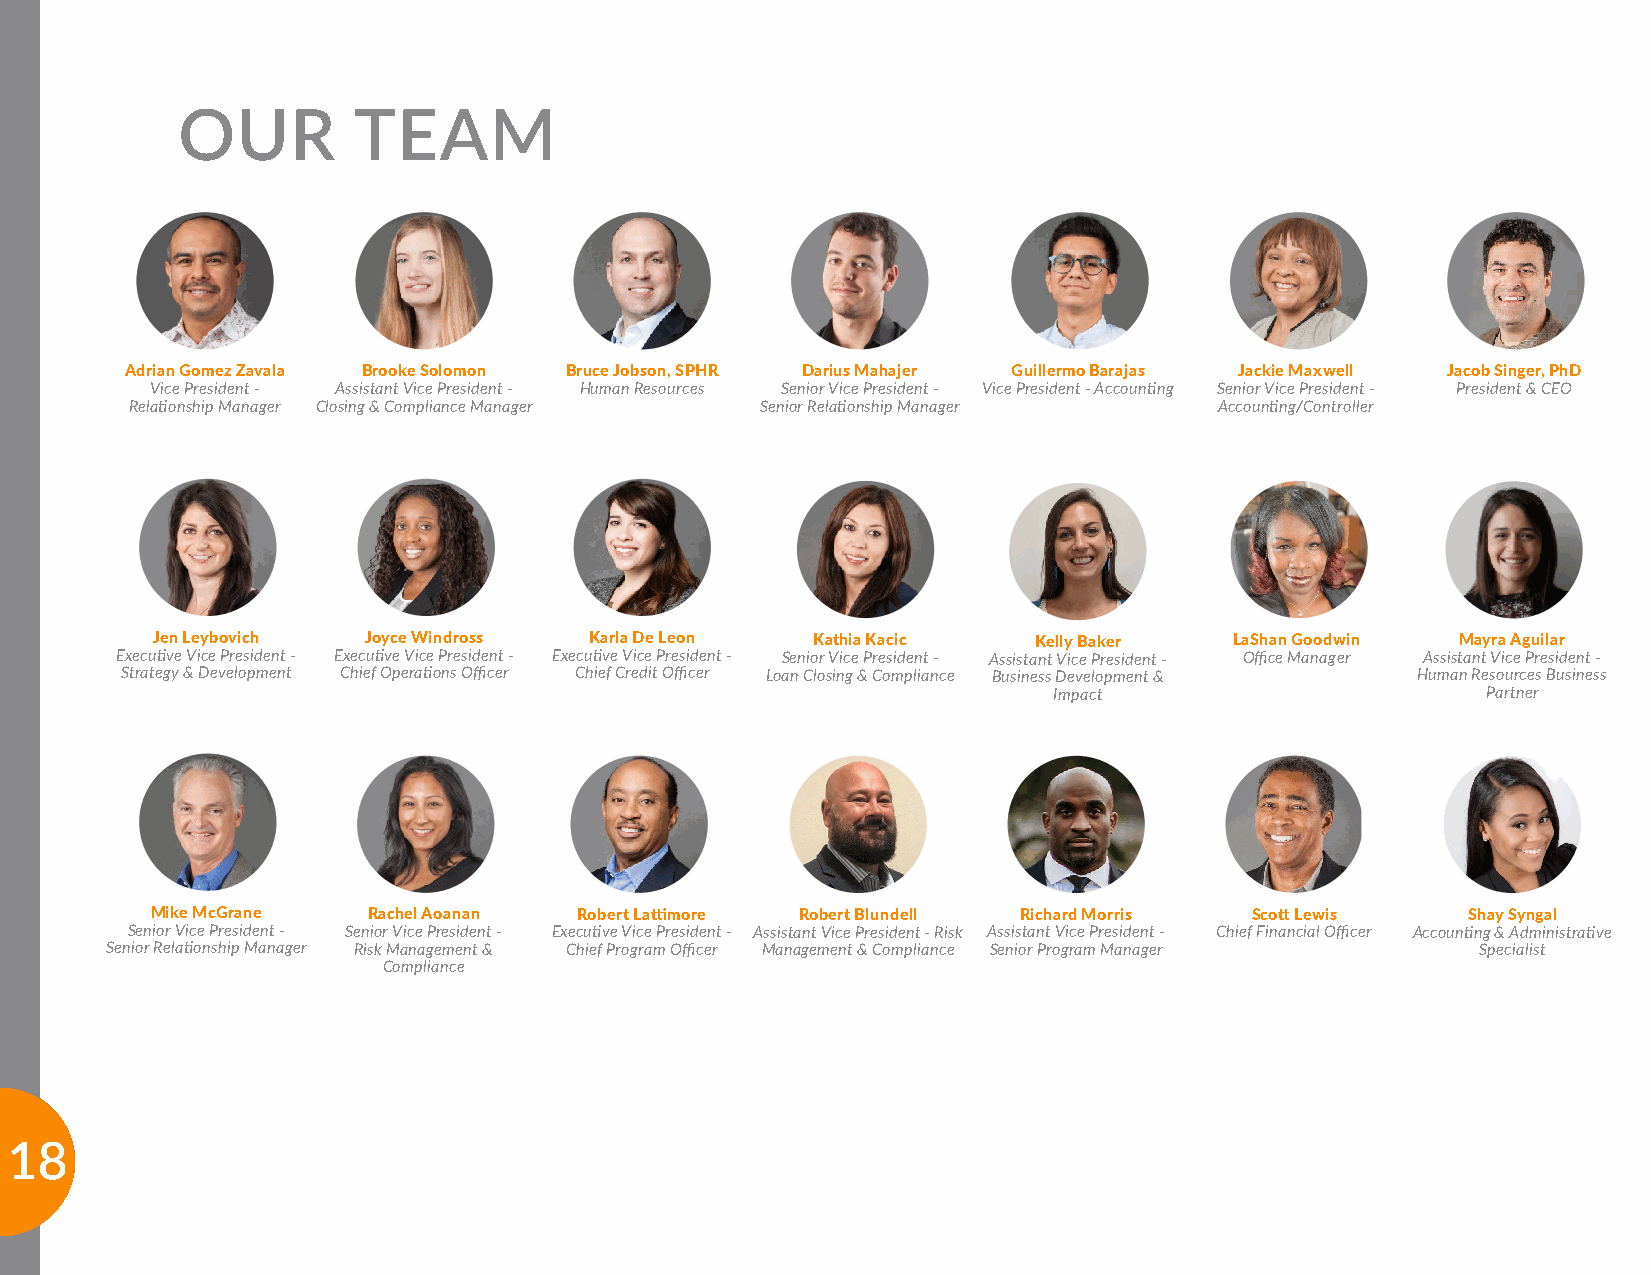
OUR        TEAM
 Adrian Gomez Zavala Brooke Solomon Bruce Jobson, SPHR Darius Mahajer Guillermo Barajas Jackie Maxwell Jacob Singer, PhD
 Vice President - Assistant Vice President - Human Resources Senior Vice President - Vice President - Accounting Senior Vice President - President & CEO
 Relationship Manager Closing & Compliance Manager Senior Relationship Manager Accounting/Controller
 Jen Leybovich Joyce Windross Karla De Leon  Kathia Kacic  Kelly Baker   LaShan Goodwin Mayra Aguilar
 Executive Vice President - Executive Vice President - Executive Vice President - Senior Vice President - Assistant Vice President - Office Manager Assistant Vice President -
 Strategy & Development Chief Operations Officer Chief Credit Officer Loan Closing & Compliance Business Development & Human Resources Business
 Impact                      Partner
 Mike McGrane  Rachel Aoanan Robert Lattimore Robert Blundell Richard Morris Scott Lewis Shay Syngal
 Senior Vice President - Senior Vice President - Executive Vice President - Assistant Vice President - Risk Assistant Vice President - Chief Financial Officer Accounting & Administrative
 Senior Relationship Manager Risk Management & Chief Program Officer Management & Compliance Senior Program Manager Specialist
 Compliance
 1188